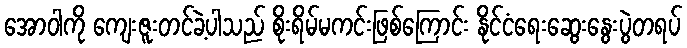
အောဝါကို ကျေးဇူးတင်ခဲ့ပါသည် စိုးရိမ်မကင်းဖြစ်ကြောင်း နိုင်ငံရေးဆွေးနွေးပွဲတရပ်